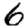
Digit: 6